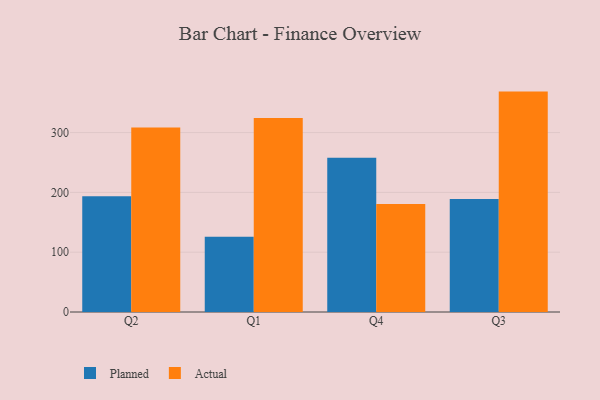
{"axis": {"x": "Quarter", "y": "Active Users"}, "legend": ["Actual", "Planned"], "data": [{"x": "Q2", "y": 193.6, "type": "Planned"}, {"x": "Q2", "y": 308.5, "type": "Actual"}, {"x": "Q1", "y": 125.7, "type": "Planned"}, {"x": "Q1", "y": 324.3, "type": "Actual"}, {"x": "Q4", "y": 257.9, "type": "Planned"}, {"x": "Q4", "y": 180.5, "type": "Actual"}, {"x": "Q3", "y": 189.0, "type": "Planned"}, {"x": "Q3", "y": 368.5, "type": "Actual"}]}